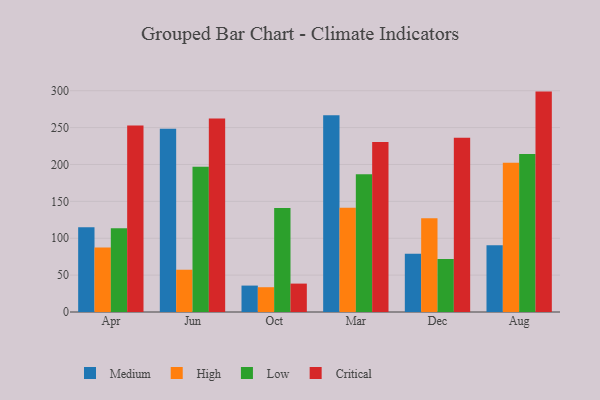
{"axis": {"x": "Month", "y": "Inventory Turnover"}, "legend": ["Critical", "High", "Low", "Medium"], "data": [{"x": "Apr", "y": 115.0, "type": "Medium"}, {"x": "Apr", "y": 87.6, "type": "High"}, {"x": "Apr", "y": 113.6, "type": "Low"}, {"x": "Apr", "y": 252.7, "type": "Critical"}, {"x": "Jun", "y": 248.3, "type": "Medium"}, {"x": "Jun", "y": 57.3, "type": "High"}, {"x": "Jun", "y": 196.9, "type": "Low"}, {"x": "Jun", "y": 262.5, "type": "Critical"}, {"x": "Oct", "y": 35.8, "type": "Medium"}, {"x": "Oct", "y": 33.6, "type": "High"}, {"x": "Oct", "y": 140.9, "type": "Low"}, {"x": "Oct", "y": 38.5, "type": "Critical"}, {"x": "Mar", "y": 266.8, "type": "Medium"}, {"x": "Mar", "y": 141.2, "type": "High"}, {"x": "Mar", "y": 186.9, "type": "Low"}, {"x": "Mar", "y": 230.4, "type": "Critical"}, {"x": "Dec", "y": 79.1, "type": "Medium"}, {"x": "Dec", "y": 127.0, "type": "High"}, {"x": "Dec", "y": 71.9, "type": "Low"}, {"x": "Dec", "y": 236.3, "type": "Critical"}, {"x": "Aug", "y": 90.6, "type": "Medium"}, {"x": "Aug", "y": 202.3, "type": "High"}, {"x": "Aug", "y": 214.2, "type": "Low"}, {"x": "Aug", "y": 298.8, "type": "Critical"}]}